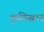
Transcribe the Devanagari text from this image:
कुलिखान